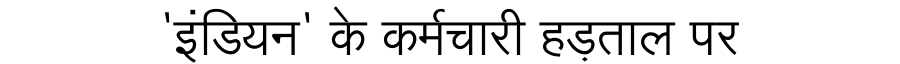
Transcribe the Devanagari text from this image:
'इंडियन' के कर्मचारी हड़ताल पर